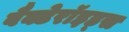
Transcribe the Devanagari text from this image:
बैक्टेरॉइड्स